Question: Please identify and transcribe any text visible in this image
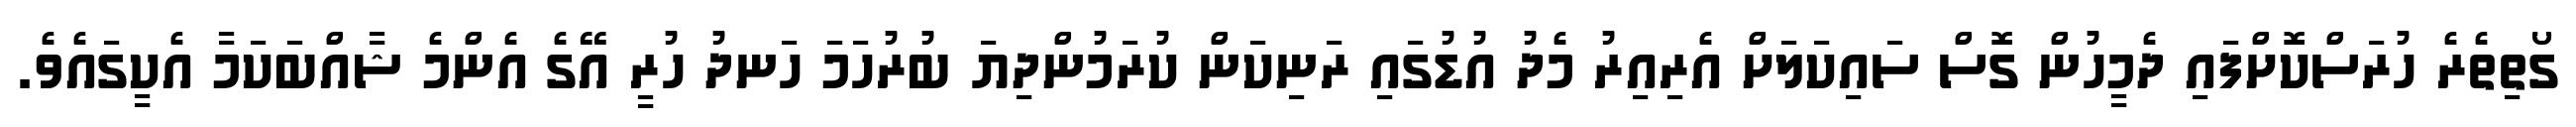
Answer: ގޯތިތެރެ ހުރަސްކޮށްފައި ދެމީހުން ގޮސް ސައިކަލަށް އެރިއިރު މެދު އުޑުގައި ރަނިކަން ކުރަމުންދިޔަ ބުރުހަމަ ހަނދު ހުރީ އޭގެ އެންމެ ޝާއްބަކަމާ އެކީގައެވެ.